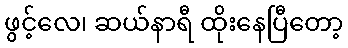
ဖွင့်လေ၊ ဆယ်နာရီ ထိုးနေပြီတော့